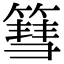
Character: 篲